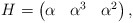
\begin{align*} H&=\begin{pmatrix}\alpha&\alpha^3&\alpha^2 \end{pmatrix},\end{align*}